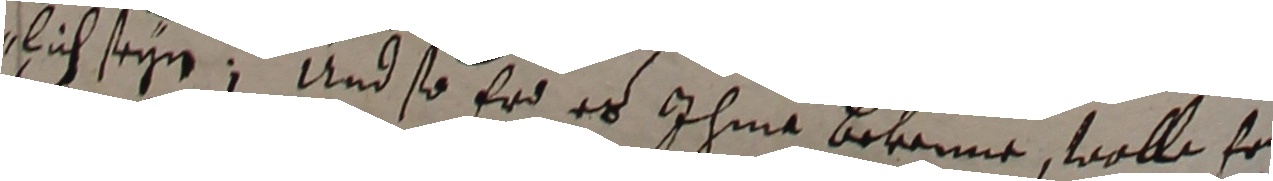
lich seyn. Und so er es ihme bekenne, wolle er